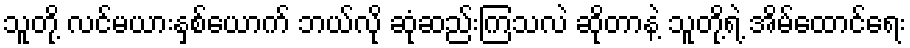
သူတို့ လင်မယားနှစ်ယောက် ဘယ်လို ဆုံဆည်းကြသလဲ ဆိုတာနဲ့ သူတို့ရဲ့ အိမ်ထောင်ရေး